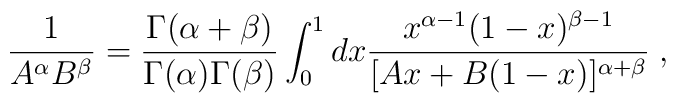
\frac{1}{A^\alpha B^\beta}= \frac{\Gamma (\alpha+\beta)}{\Gamma(\alpha) \Gamma (\beta)} \int_0^1 dx\frac{x^{\alpha-1} (1-x)^{\beta-1}}{[Ax + B(1-x)]^{\alpha+\beta}}\;,